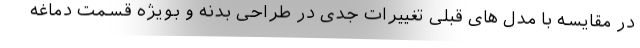
در مقایسه با مدل های قبلی تغییرات جدی در طراحی بدنه و بویژه قسمت دماغه